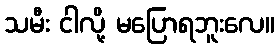
သမီး ငါလို့ မပြောရဘူးလေ။